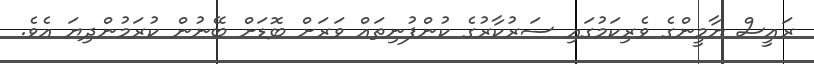
ރައީސް ޔާމީންގެ ވެރިކަމުގައި ސަރުކާރުގެ ކުންފުނިތައް ވަރަށް ބޮޑަށް ބޭނުން ކުރަމުންދިޔަ އެވެ.